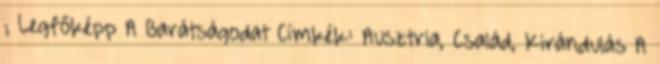
; Legfőképp A Barátságodat Címkék: Ausztria, Család, Kirándulás A